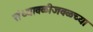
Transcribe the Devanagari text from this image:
संध्यावळीजवळच्या